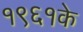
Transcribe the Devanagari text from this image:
१९६१के